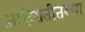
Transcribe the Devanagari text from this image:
जाहिरातीतल्या